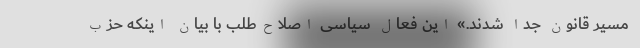
مسیر قانون جدا شدند.» این فعال سیاسی اصلاح‌طلب با بیان اینکه حزب